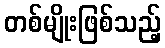
တစ်မျိုးဖြစ်သည့်